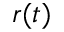
r ( t )